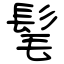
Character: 髦